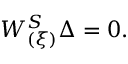
{ \cal W } _ { ( \xi ) } ^ { S } \Delta = 0 .